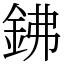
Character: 鉘